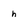
Character: h